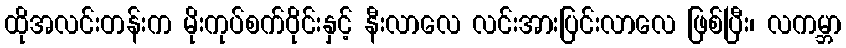
ထိုအလင်းတန်းက မိုးကုပ်စက်ဝိုင်းနှင့် နီးလာလေ လင်းအားပြင်းလာလေ ဖြစ်ပြီး၊ လကမ္ဘာ